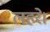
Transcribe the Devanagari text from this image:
लहरे।